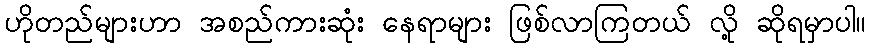
ဟိုတည်များဟာ အစည်ကားဆုံး နေရာများ ဖြစ်လာကြတယ် လို့ ဆိုရမှာပါ။